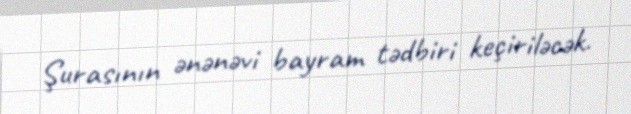
Şurasının ənənəvi bayram tədbiri keçiriləcək.